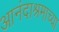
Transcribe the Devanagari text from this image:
आनंदाश्रमाच्या